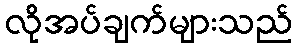
လိုအပ်ချက်များသည်